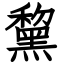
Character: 黧